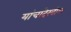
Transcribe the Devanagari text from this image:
यांचादेखील